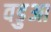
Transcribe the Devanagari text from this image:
वडुआ